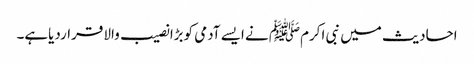
احادیث میں نبی اکرمﷺ نے ایسے آدمی کوبڑا نصیب والا قراردیاہے۔